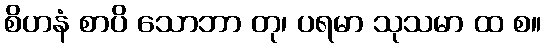
စိဟနံ စာပိ သောဘာ တု၊ ပရမာ သုသမာ ထ စ။